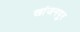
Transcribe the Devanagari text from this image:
खांजनपुर